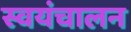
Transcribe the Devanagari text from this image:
स्वयंचालन